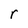
Character: r